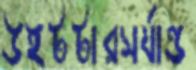
উইটটারসর্যান্ড